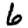
Digit: 6